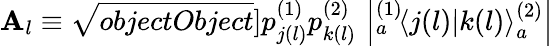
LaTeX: \mathbf{A}_{l}\equiv\sqrt{{{objectObject}}}{]}{p_{j(l)}^{(1)}p_{k(l)}^{(2)}}\, \left|{}_{a}^{(1)}\! \left\langle{j(l)}|{k(l)}\right\rangle_{a}^{(2)}\right|